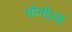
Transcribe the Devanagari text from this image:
योगोऽयं